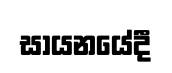
සායනයේදී